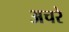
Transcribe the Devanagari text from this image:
अचरे